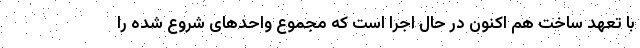
با تعهد ساخت هم اکنون در حال اجرا است که مجموع واحدهای شروع شده را